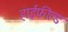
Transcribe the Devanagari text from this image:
हाईफील्ड